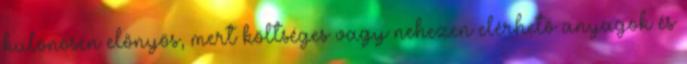
különösen előnyös, mert költséges vagy nehezen elérhető anyagok és